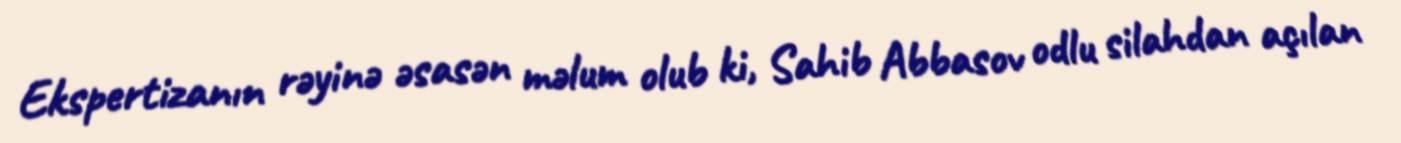
Ekspertizanın rəyinə əsasən məlum olub ki, Sahib Abbasov odlu silahdan açılan